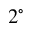
2 ^ { \circ }